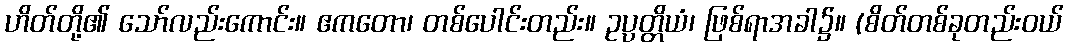
ဟိတ်တို့၏ သော်လည်းကောင်း။ ဧကတော၊ တစ်ပေါင်းတည်း။ ဥပ္ပတ္တိယံ၊ ဖြစ်ရာအခါ၌။ (စိတ်တစ်ခုတည်းဝယ်